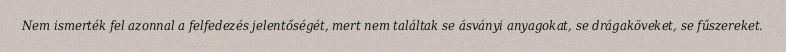
Nem ismerték fel azonnal a felfedezés jelentőségét, mert nem találtak se ásványi anyagokat, se drágaköveket, se fűszereket.